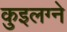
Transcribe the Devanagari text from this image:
कुइलग्ने